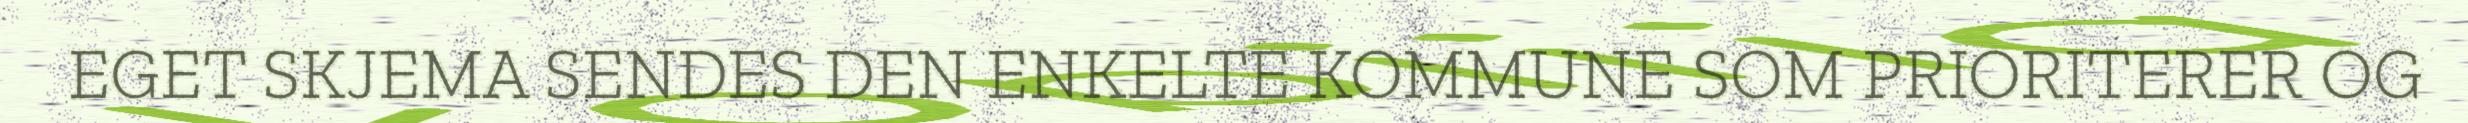
EGET SKJEMA SENDES DEN ENKELTE KOMMUNE SOM PRIORITERER OG